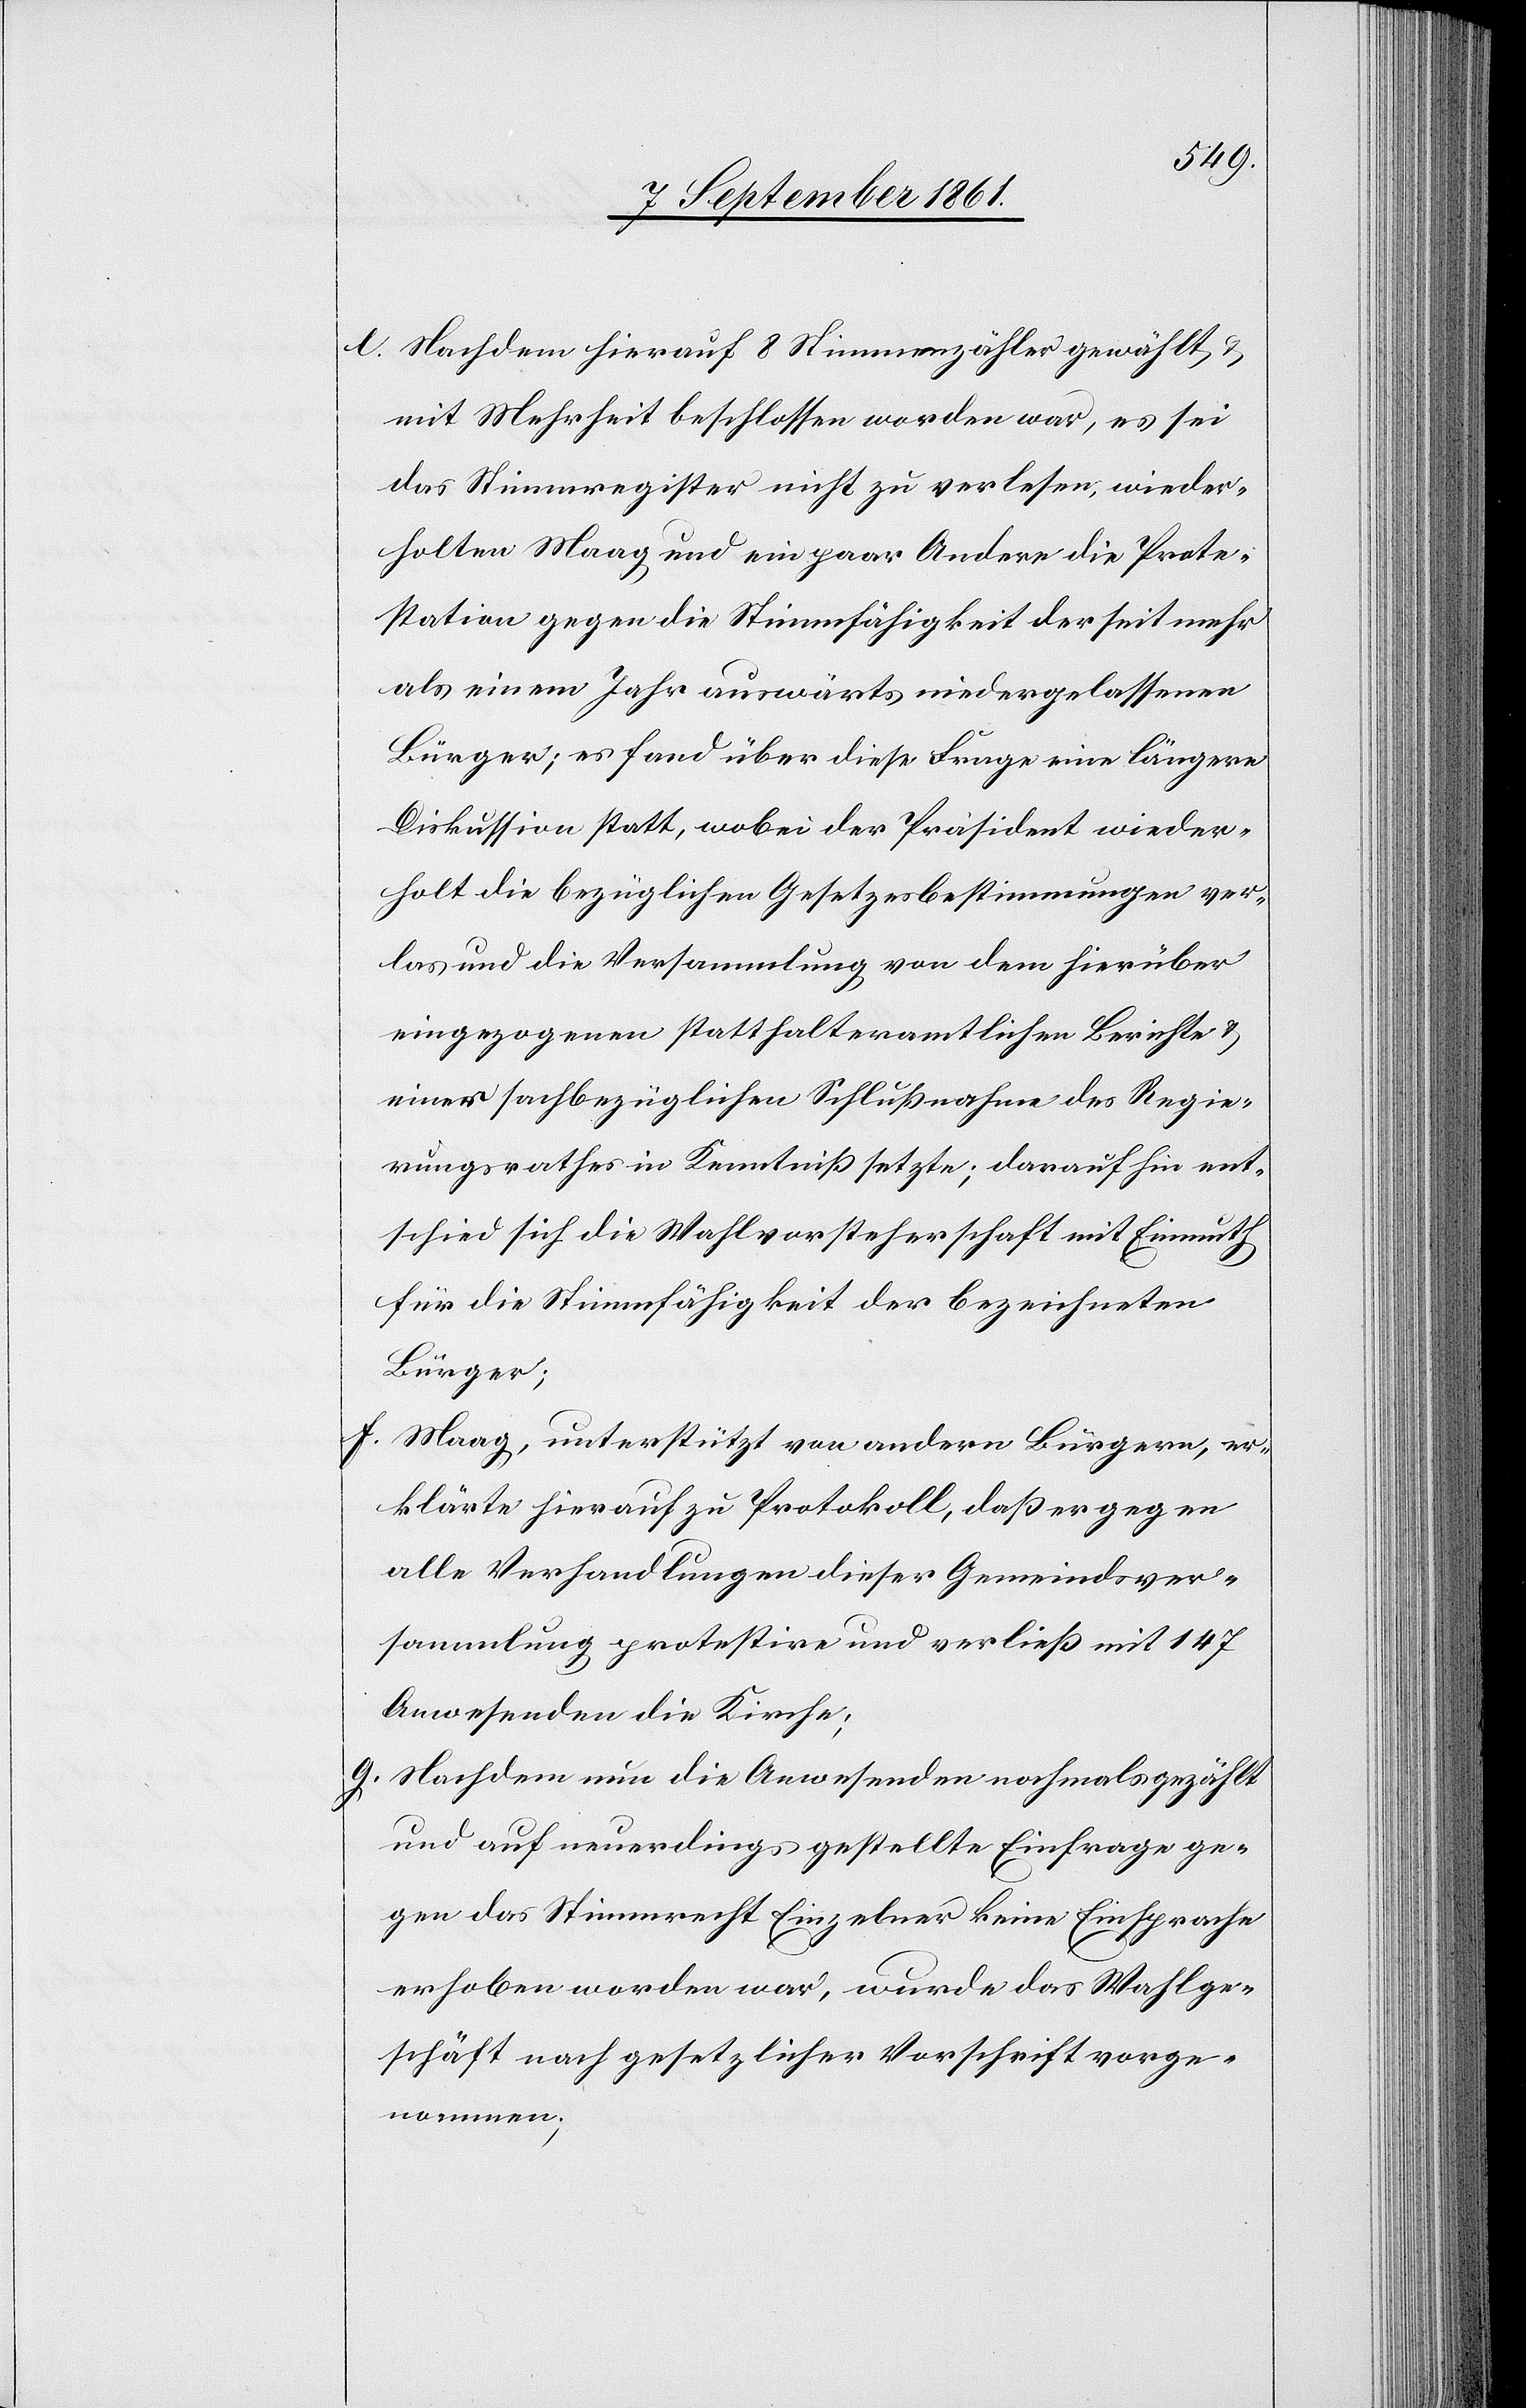
e. Nachdem hierauf 8 Stimmenzähler gewählt u.
mit Mehrheit beschlossen worden war, es sei
das Stimmregister nicht zu verlesen, wieder¬
holten Maag und ein paar Andere die Prote¬
station gegen die Stimmfähigkeit der seit mehr
als einem Jahr auswärts niedergelassenen
Bürger; es fand über diese Frage eine längere
Diskussion statt, wobei der Präsident wieder¬
holt die bezüglichen Gesetzesbestimmungen ver¬
las und die Versammlung von dem hierüber
eingezogenen statthalteramtlichen Berichte u.
einer sachbezüglichen Schlußnahme des Regie¬
rungsrathes in Kenntniß setzte; daraufhin ent¬
schied sich die Wahlvorsteherschaft mit Einmuth
für die Stimmfähigkeit der bezeichneten
Bürger;
f. Maag, unterstützt von andern Bürgern, er¬
klärte hierauf zu Protokoll, daß er gegen
alle Verhandlungen dieser Gemeindsver¬
sammlung protestire und verließ mit 147
Anwesenden die Kirche;
g. Nachdem nun die Anwesenden nochmals gezählt
und auf neuerdings gestellte Einfrage ge¬
gen das Stimmrecht Einzelner keine Einsprache
erhoben worden war, wurde das Wahlge¬
schäft nach gesetzlicher Vorschrift vorge¬
nommen;